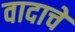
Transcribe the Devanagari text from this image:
वादाचें